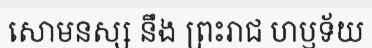
សោមនស្ស នឹង ព្រះរាជ ហឫទ័យ